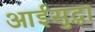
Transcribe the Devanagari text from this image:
आईसुद्धा